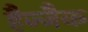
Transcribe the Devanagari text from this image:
हैज्जैक